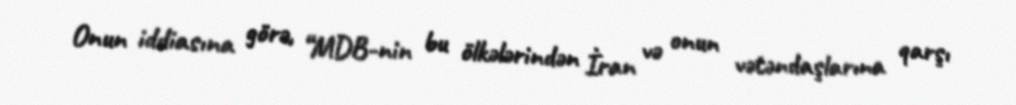
Onun iddiasına görə, “MDB-nin bu ölkələrindən İran və onun vətəndaşlarına qarşı